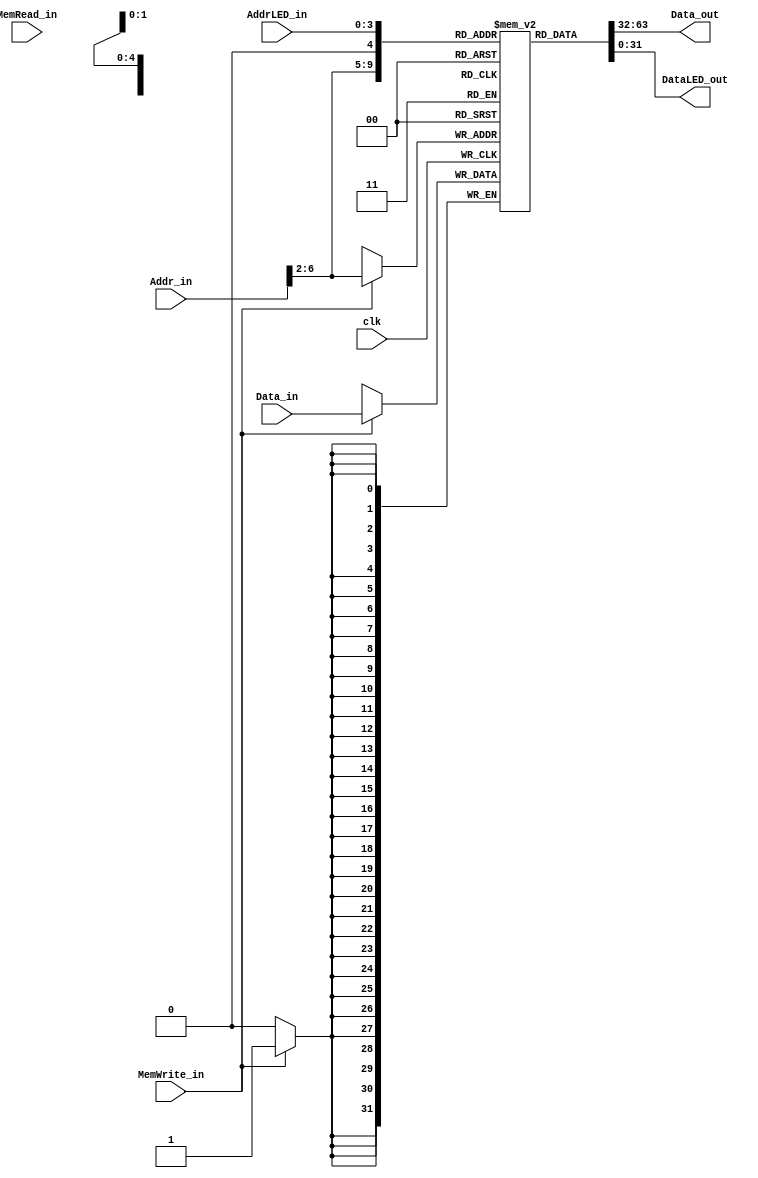
`timescale 1ns / 1ps
//////////////////////////////////////////////////////////////////////////////////
// Company: 
// Engineer: 
// 
// Design Name: 
// Module Name: RAM
// Project Name: 
// Target Devices: 
// Tool Versions: 
// Description: 
// 
// Dependencies: 
// 
// Revision:
// Revision 0.01 - File Created
// Additional Comments:
// 
//////////////////////////////////////////////////////////////////////////////////
/*
writer: ccz
input: 
    AddrLED_in : 4,LED???????
    Addr_in : 32????
    Data_in : ???????    MemWrite_in: ?????    MemRead_in : ???????    clk     : ????output:
    Data_out : ?????????    DataLED_out: LED?????
others: ...
*/
module RAM(AddrLED_in,Addr_in,Data_in,MemWrite_in,MemRead_in,clk,Data_out,DataLED_out);
	input [31:0] Addr_in;
	input [31:0] Data_in;
	input [3:0]  AddrLED_in;
	input MemWrite_in;
	input MemRead_in;
	input clk;
	output [31:0] Data_out;
	output [31:0] DataLED_out;
	reg [31:0] memory[31:0];

	always @(posedge clk) begin
		if(MemWrite_in) begin
			memory[Addr_in[21:2]] = Data_in;
		end
	end
	assign Data_out[31:0] = memory[Addr_in[21:2]];
	assign DataLED_out[31:0] = memory[AddrLED_in];
endmodule